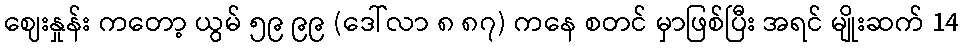
ဈေးနှုန်း ကတော့ ယွမ် ၅၉ ၉၉ (ဒေါ်လာ ၈ ၈၇) ကနေ စတင် မှာဖြစ်ပြီး အရင် မျိုးဆက် 14